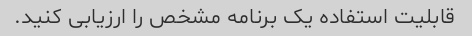
قابلیت استفاده یک برنامه مشخص را ارزیابی کنید.